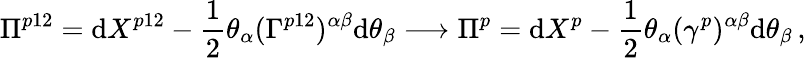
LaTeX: \Pi^{p12}=\mathrm{d}X^{p12}-\frac{{1}}{{2}}\theta_{\alpha}(\Gamma^{p12})^{\alpha\beta}\mathrm{d}\theta_{\beta}\longrightarrow\Pi^{p}=\mathrm{d}X^{p}-\frac{{1}}{{2}}\theta_{\alpha}(\gamma^{p})^{\alpha\beta}\mathrm{d}\theta_{\beta}\, ,